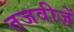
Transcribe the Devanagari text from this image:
तजवीज़ें